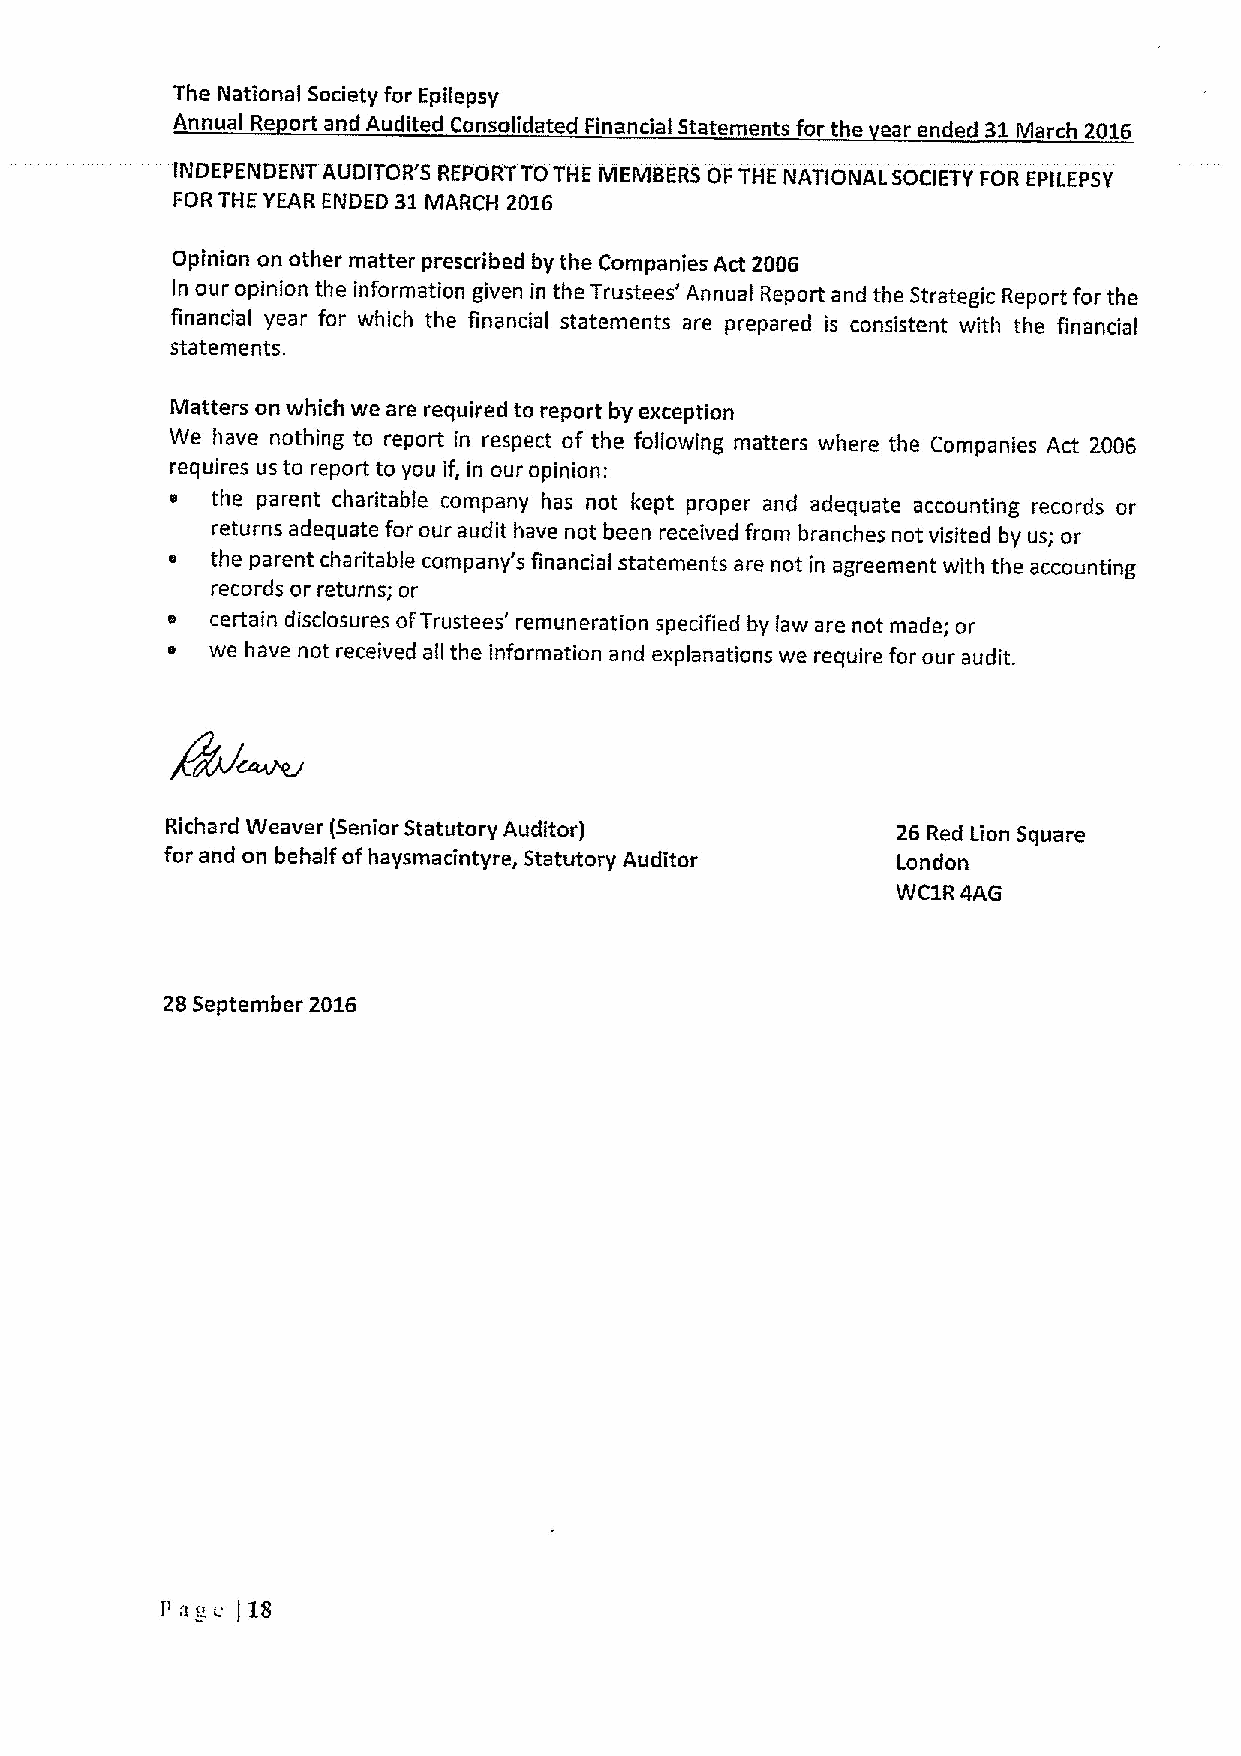
The National Society For Epilepsy
 Annual Re ort and Audited Consolidated Financial Statements for the ear ended 31March 2016
 INDEPENDENT AUDITOR'S REPORT TOTHE MEMBERS OF THE NATIONAL SOCIETY FOR EPILEPSY
 FORTHE YEAR ENDED 31MARCH 2016
 Opinion on other matter prescribed by the Companies Act 2006
 In our opinion the information given in the Trustees' Annual Report and the Strategic Report for the
 financial year for which the financial statements are prepared is consistent with the financial
 statements.
 Matters on which we are required to report by exception
 We have nothing to report in respect of the following matters where the Companies Act 2006
 requires us to report to you if, in our opinion:
 o  the parent charitable company has not kept proper and adequate accounting records or
 returns adequate for our audit have not been received from branches not visited by us; or
 e  the parent charitable company's financial statements are not in agreement with the accounting
 records or returns; or
 s  certain disclosures ofTrustees' remuneration specified by law are not made; or
 e  we have not received all the information and explanations we require for our audit.
 Richard Weaver (Senior Statutory Auditor)       26 Red Lion Square
 for and on behalf ofhaysmacintyre, Statutory Auditor London
 WC1R 4AG
 28 September 2016
 P age )18